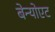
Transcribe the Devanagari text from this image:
बेन्योएट